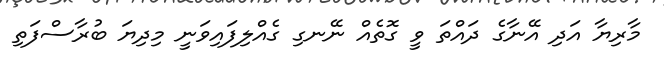
މާރިޔާ އަދި އޭނާގެ ދައްތަ ވީ ގޮތެއް ނޭނގި ގެއްލިފައިވަނީ މިދިޔަ ބުރާސްފަތި